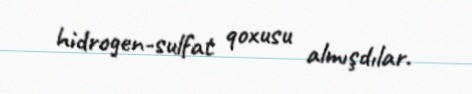
hidrogen-sulfat qoxusu almışdılar.